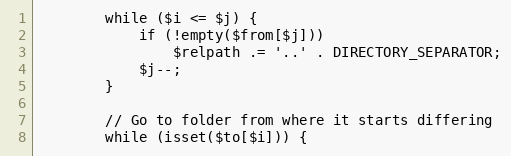
Language: PHP
        while ($i <= $j) {
            if (!empty($from[$j]))
                $relpath .= '..' . DIRECTORY_SEPARATOR;
            $j--;
        }

        // Go to folder from where it starts differing
        while (isset($to[$i])) {